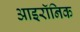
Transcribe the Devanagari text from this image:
आइरॉनिक